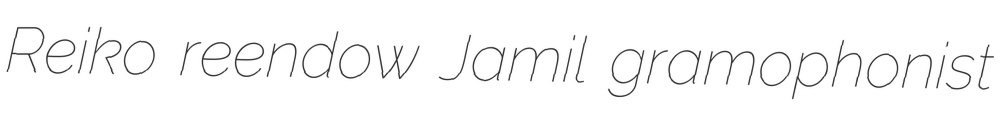
Reiko reendow Jamil gramophonist